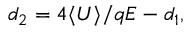
d _ { 2 } = 4 \langle { U } \rangle / { q E } - d _ { 1 } ,